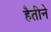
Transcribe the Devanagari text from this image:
हैतीने